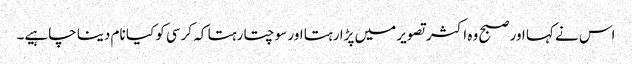
اس نے کہا اور صبح وہ اکثر تصویر میں پڑا رہتا اور سوچتا رہتا کہ کرسی کو کیا نام دینا چاہیے۔